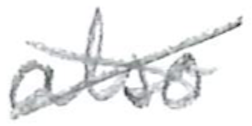
Text: also
Cross-out: mix
Writing tool: pencil